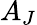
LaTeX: A_{J}